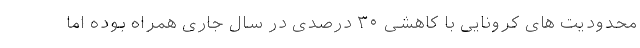
محدودیت های کرونایی با کاهشی ۳۰ درصدی در سال جاری همراه بوده اما